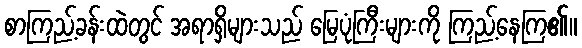
စာကြည့်ခန်းထဲတွင် အရာရှိများသည် မြေပုံကြီးများကို ကြည့်နေကြ၏။